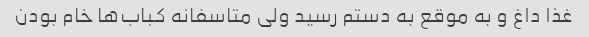
غذا داغ و به موقع به دستم رسید ولی متاسفانه کباب‌ها خام بودن